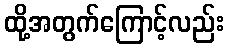
ထို့အတွက်ကြောင့်လည်း